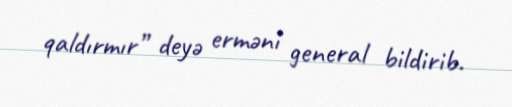
qaldırmır” deyə erməni general bildirib.